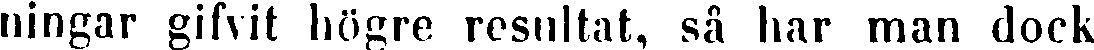
ningar gifvit högre resultat, så har man dock